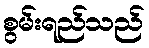
စွမ်းရည်သည်